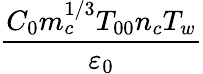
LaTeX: \frac{C_{0}m_{c}^{1/3}T_{00}n_{c}T_{w}}{{\varepsilon}_{0}}